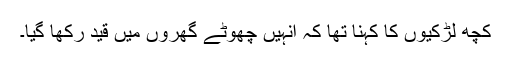
کچھ لڑکیوں کا کہنا تھا کہ انہیں چھوٹے گھروں میں قید رکھا گیا۔